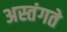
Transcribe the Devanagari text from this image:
अस्तंगते